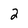
Character: 2